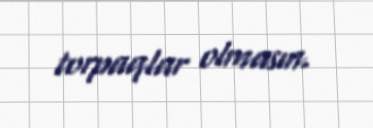
torpaqlar olmasın.